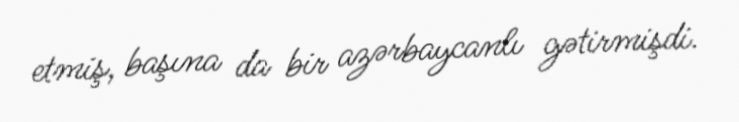
etmiş, başına da bir azərbaycanlı gətirmişdi.